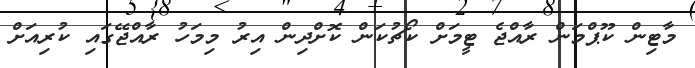
މާޓިން ކޫޕްމަން ރާއްޖެ ޓީމަށް ކޯޗުކަން ކޮށްދިން އިރު މިމަހު ރާއްޖޭގައި ކުރިއަށް